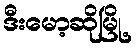
ဒီးမော့ဆိုမြို့